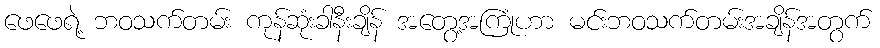
ဖေဖေရဲ့ ဘဝသက်တမ်း ကုန်ဆုံးခါနီးချိန် အတွေ့အကြုံဟာ မင်းဘဝသက်တမ်းအချိန်အတွက်